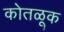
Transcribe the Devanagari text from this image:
कोतळूक